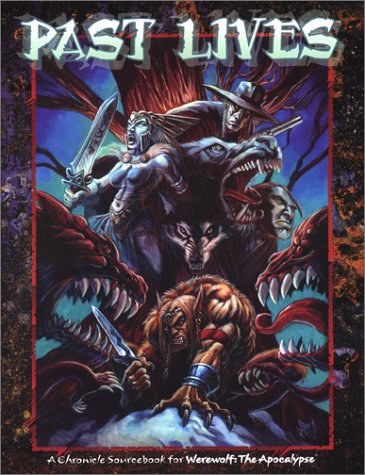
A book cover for Past Lives (Werewolf the Apocalypse); Bruce Bauch; Science Fiction & Fantasy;